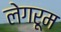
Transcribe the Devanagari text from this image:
लेगरूम